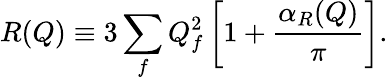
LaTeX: R(Q)\equiv 3\sum_{f}Q_{f}^{2}\left[1+{\frac{\alpha_{R}(Q)}{\pi}}\right].